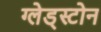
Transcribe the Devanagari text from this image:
ग्लेड्स्टोन